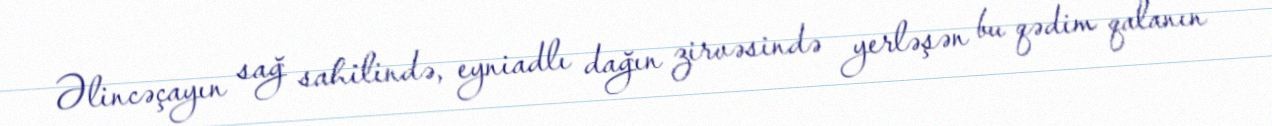
Əlincəçayın sağ sahilində, eyniadlı dağın zirvəsində yerləşən bu qədim qalanın